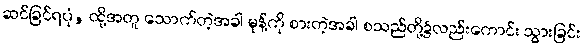
ဆင်ခြင်ရပုံ, ထို့အတူ သောက်တဲ့အခါ မုန့်ကို စားတဲ့အခါ စသည်တို့၌လည်းကောင်း သွားခြင်း